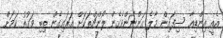
އެއީ އިންޑިއާ ސިފައިން މާލެ އަންނަންވެގެން ލޯންޗްތަކަށް އަރައިގެން ތިބި ވަގުތު ކަމަށް